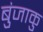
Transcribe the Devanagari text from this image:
बुंजाकु